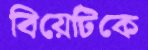
বিয়েটিকে